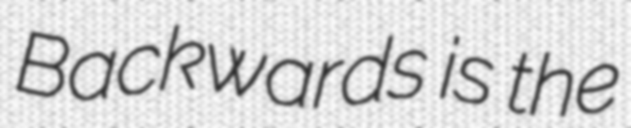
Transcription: Backwards is the